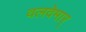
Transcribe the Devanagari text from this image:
वलदेमार्